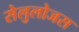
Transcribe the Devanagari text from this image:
सेलुलोजस